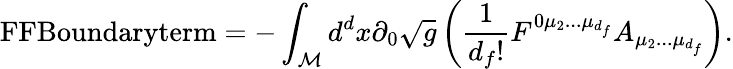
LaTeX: \textnormal{FFBoundaryterm}=-\int_{\cal M}d^{d}x\partial_{0}\sqrt g\left(\frac{1}{d_{f}!}F^{0\mu_{2}...\mu_{d_{f}}}A_{\mu_{2}...\mu_{d_{f}}}\right).